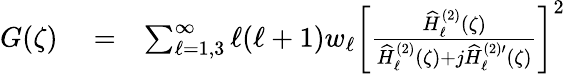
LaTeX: \begin{array}{rlr}{G(\zeta)}&{{}=}&{\sum_{\ell=1,3}^{\infty}\ell(\ell+1)w_{\ell}\left[\frac{\widehat{H}_{\ell}^{(2)}(\zeta)}{\widehat{H}_{\ell}^{(2)}(\zeta)+j\widehat{H}_{\ell}^{(2)\prime}(\zeta)}\right]^{2}}\end{array}